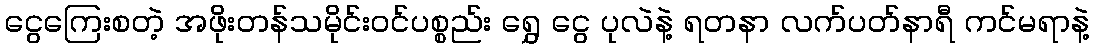
ငွေကြေးစတဲ့ အဖိုးတန်သမိုင်းဝင်ပစ္စည်း ရွှေ ငွေ ပုလဲနဲ့ ရတနာ လက်ပတ်နာရီ ကင်မရာနဲ့